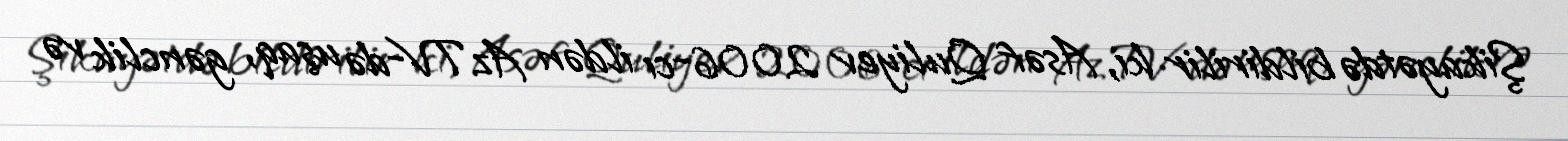
Şikayətdə bildirilir ki, Asəf Quliyev 2006-cı ildən AzTV-də uşaq, gənclik və